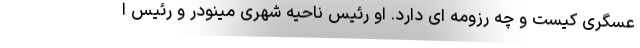
عسگری کیست و چه رزومه ای دارد. او رئیس ناحیه شهری مینودر و رئیس ا